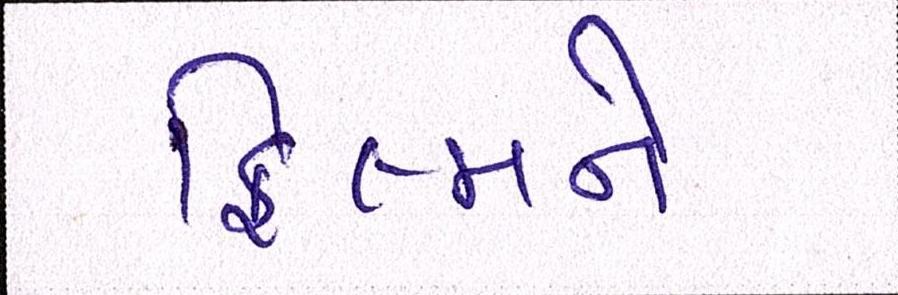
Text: ફિલ્મને